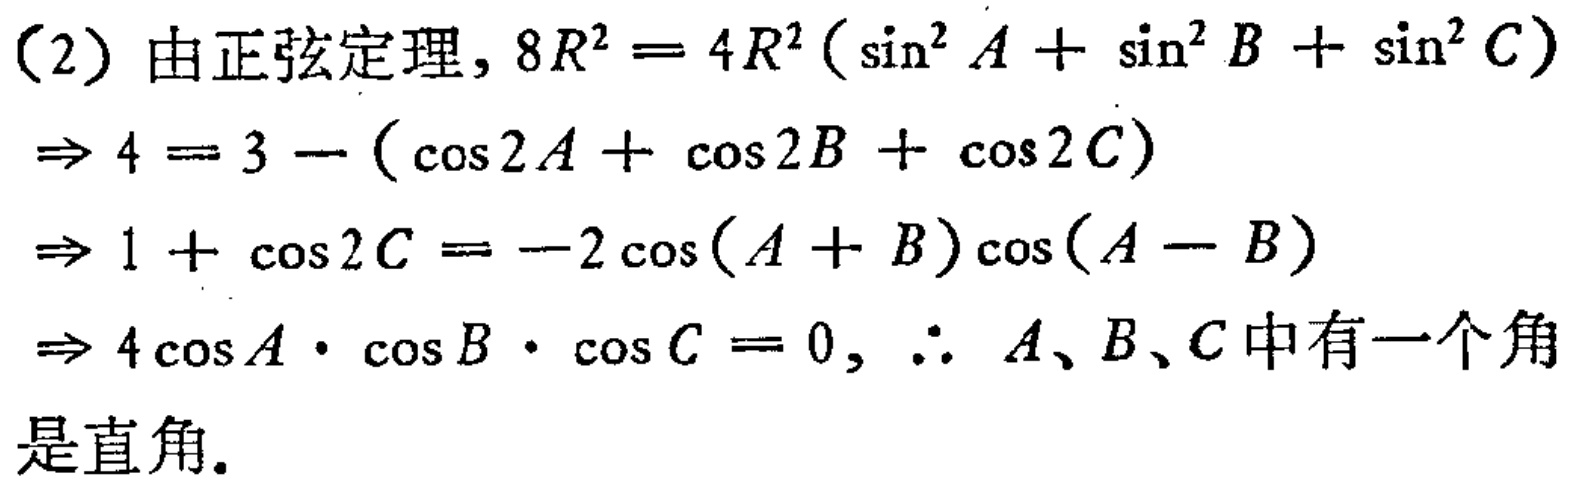
（2）由正弦定理，\(8R^{2}=4R^{2}(\sin^{2}A + \sin^{2}B + \sin^{2}C)\)
\(\Rightarrow 4 = 3 - (\cos 2A + \cos 2B + \cos 2C)\)
\(\Rightarrow 1 + \cos 2C = -2\cos(A + B)\cos(A - B)\)
\(\Rightarrow 4\cos A\cdot\cos B\cdot\cos C = 0,\therefore A、B、C中有一个角\)
是直角。